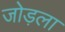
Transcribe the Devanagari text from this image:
जोड़ला